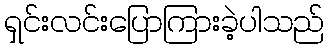
ရှင်းလင်းပြောကြားခဲ့ပါသည်